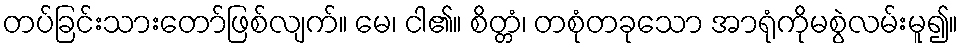
တပ်ခြင်းသားတော်ဖြစ်လျက်။ မေ၊ ငါ၏။ စိတ္တံ၊ တစုံတခုသော အာရုံကိုမစွဲလမ်းမူ၍။